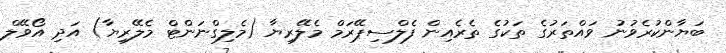
ބަޔާންކުރެވުނު ވައްތަރުގެ ތަކުގެ ތެރެއިން ފެލްސިޕޭރަމް މެލޭރިޔާ (މެލިގްނަންޓް މެލޭރިޔާ) އަދި އޯވޭލް